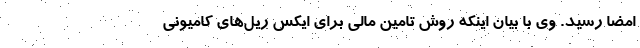
امضا رسید. وی با بیان اینکه روش تامین مالی برای ایکس ریل‌های کامیونی